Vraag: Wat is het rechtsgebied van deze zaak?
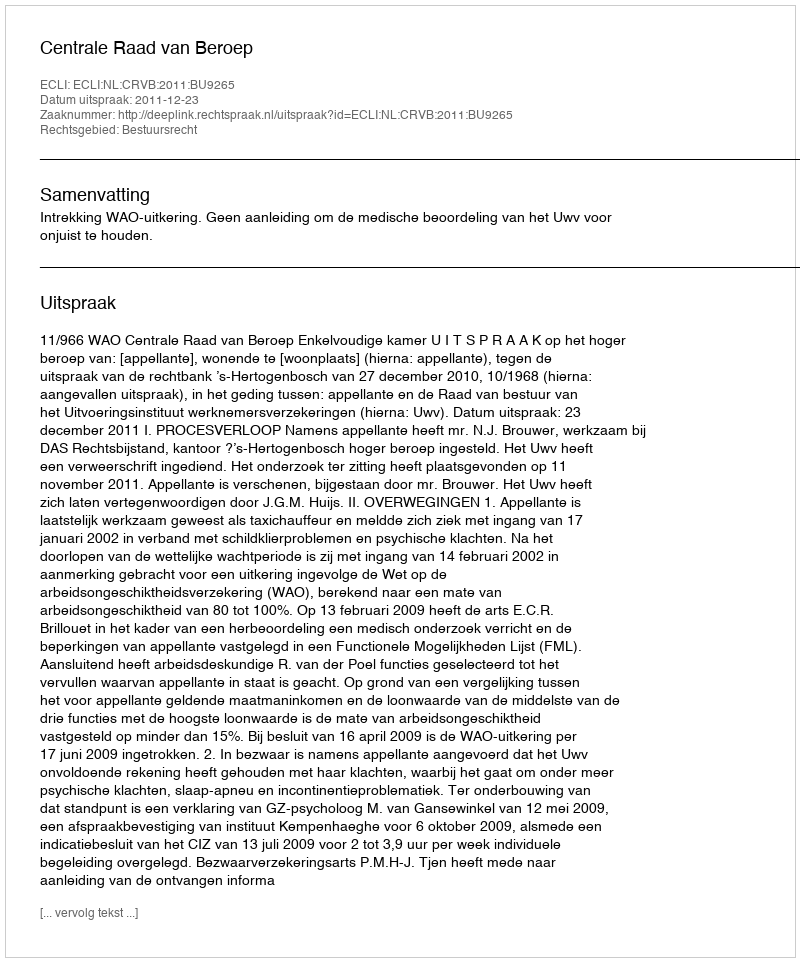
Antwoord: Bestuursrecht